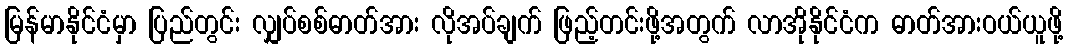
မြန်မာနိုင်ငံမှာ ပြည်တွင်း လျှပ်စစ်ဓာတ်အား လိုအပ်ချက် ဖြည့်တင်းဖို့အတွက် လာအိုနိုင်ငံက ဓာတ်အားဝယ်ယူဖို့